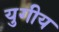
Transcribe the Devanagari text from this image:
युगीय